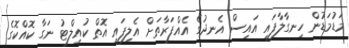
މަޑުމަޑުން ހިނގާލާފައި އައިސް އެނދުގެ އެއްފަރާތަށް އެލިފައި އޮތް ކުއިލްޓު ނަގާ ކޮއްކޮގެ